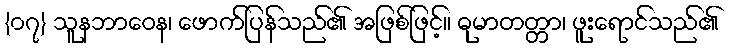
{၀၇} သူနဘာဝေန၊ ဖောက်ပြန်သည်၏ အဖြစ်ဖြင့်။ ဓုမာတတ္တာ၊ ဖူးရောင်သည်၏